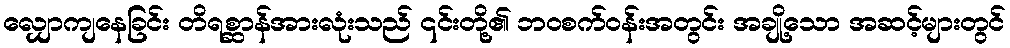
လျှောကျနေခြင်း တိရစ္ဆာန်အားလုံးသည် ၎င်းတို့၏ ဘဝစက်ဝန်းအတွင်း အချို့သော အဆင့်များတွင်